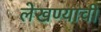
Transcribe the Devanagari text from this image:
लेखण्याची